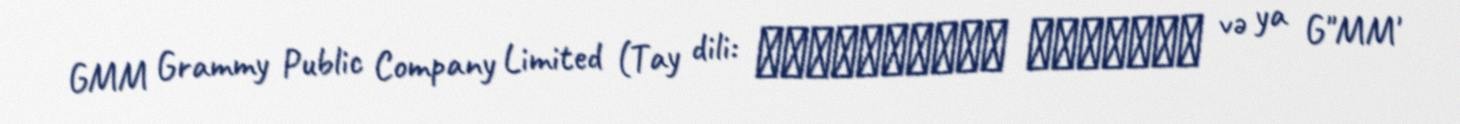
GMM Grammy Public Company Limited (Tay dili: จีเอ็มเอ็ม แกรมมี่ və ya G"MM'